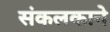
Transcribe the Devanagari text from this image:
संकलकाने